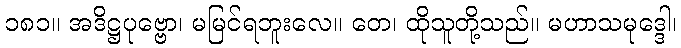
၁၈၁။ အဒိဋ္ဌပုဗ္ဗော၊ မမြင်ရဘူးလေ။ တေ၊ ထိုသူတို့သည်။ မဟာသမုဒ္ဒေါ၊